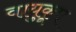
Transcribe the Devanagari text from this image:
वायुकूप